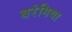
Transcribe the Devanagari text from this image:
बरंगिया